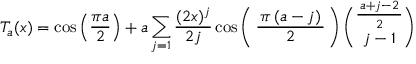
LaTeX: T _ { a } ( x ) = \cos \left( { \frac { \pi a } { 2 } } \right) + a \sum _ { j = 1 } { \frac { ( 2 x ) ^ { j } } { 2 j } } \cos \left( \, { \frac { \, \pi \, ( a - j ) \, } { 2 } } \, \right) { \binom { \frac { \, a + j - 2 \, } { 2 } } { j - 1 } }